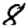
Digit: 8